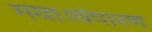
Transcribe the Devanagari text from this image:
गया।चंपारण